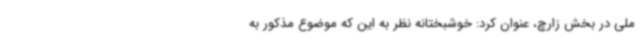
ملی در بخش زارچ، عنوان کرد: خوشبختانه نظر به این که موضوع مذکور به